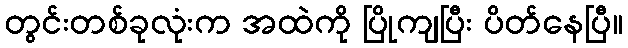
တွင်းတစ်ခုလုံးက အထဲကို ပြိုကျပြီး ပိတ်နေပြီ။